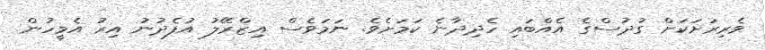
ވެރިރަށަަކަށް ގުދުސްގެ އެއްބައި ހެދިދާނެ ކަމަށެވެ. ނަމަވެސް އިޒްރޭލު އުފެދުނު އިރު އެމީހުން